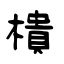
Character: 樻